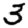
Digit: 3